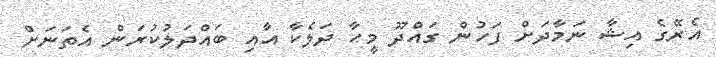
އެރޭގެ އިޝާ ނަމާދަށް ފަހުން ގައްދޫ މީހާ ދަލެކާ އާއި ބައްދަލުކުރަން އެތަނަށް